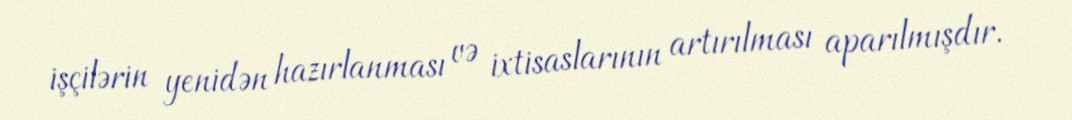
işçilərin yenidən hazırlanması və ixtisaslarının artırılması aparılmışdır.